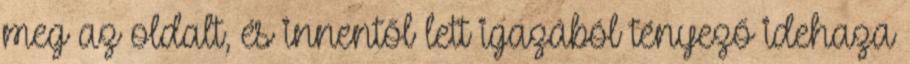
meg az oldalt, és innentől lett igazából tényező idehaza